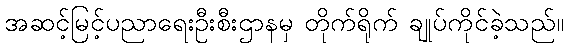
အဆင့်မြင့်ပညာရေးဦးစီးဌာနမှ တိုက်ရိုက် ချုပ်ကိုင်ခဲ့သည်။